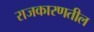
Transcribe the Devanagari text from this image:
राजकारणतील